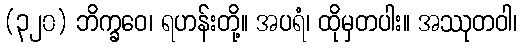
(၃၂၀) ဘိက္ခဝေ၊ ရဟန်းတို့။ အပရံ၊ ထိုမှတပါး။ အဿုတဝါ၊